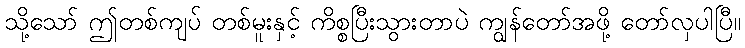
သို့သော် ဤတစ်ကျပ် တစ်မူးနှင့် ကိစ္စပြီးသွားတာပဲ ကျွန်တော်အဖို့ တော်လှပါပြီ။